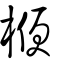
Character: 楩